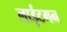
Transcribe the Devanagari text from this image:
लाईटगन